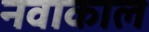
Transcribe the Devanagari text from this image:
नवाकाल